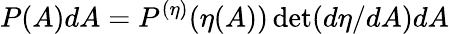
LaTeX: P(A)dA=P^{(\eta)}(\eta(A))\operatorname*{det}(d\eta/dA)dA